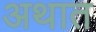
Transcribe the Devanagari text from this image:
अथात